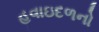
હવાઇદળનો